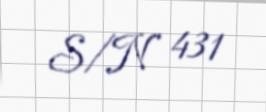
S/N 431